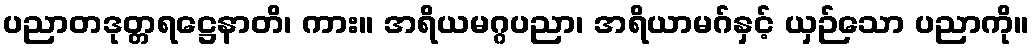
ပညာတဒုတ္တရဋ္ဌေနာတိ၊ ကား။ အရိယမဂ္ဂပညာ၊ အရိယာမဂ်နှင့် ယှဉ်သော ပညာကို။